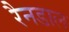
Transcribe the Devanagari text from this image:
रैनडाल